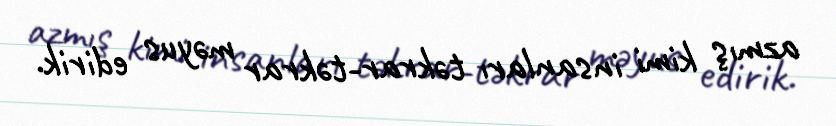
azmış kimi insanları təkrar-təkrar məyus edirik.